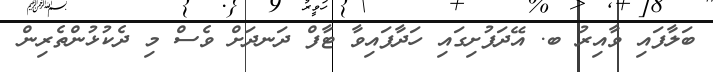
ބަލާފައި ވާއިރު ބ. އޭދަފުށިގައި ހަދާފައިވާ ޓާފް ދަނދަށް ވެސް މި ދެކުޅުންތެރިން